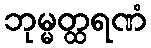
ဘုမ္မတ္ထရဏံ